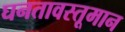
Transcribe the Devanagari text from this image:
घनतावस्तूमान